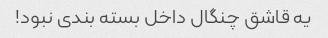
یه قاشق چنگال داخل بسته بندی نبود!